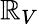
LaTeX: \mathbb{R}_{V}